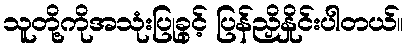
သူတို့ကိုအသုံးပြုခွင့် ပြန်ညှိနှိုင်းပါတယ်။